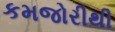
કમજોરીથી